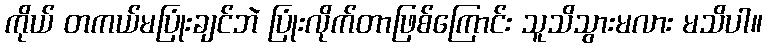
ကိုယ် တကယ်မပြုံးချင်ဘဲ ပြုံးလိုက်တာဖြစ်ကြောင်း သူသိသွားမလား မသိပါ။